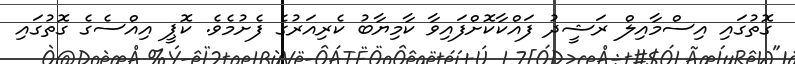
ގޮތުގައި އިސްމާއިލް ރަޝީދު ފައްކާކޮށްފައިވާ ކާމިޔާބު ކެރިއަރުގެ ފެށުމެވެ. ކޮޕީ އިއްސެގެ ގޮތުގައި